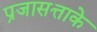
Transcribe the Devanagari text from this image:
प्रजासत्ताके